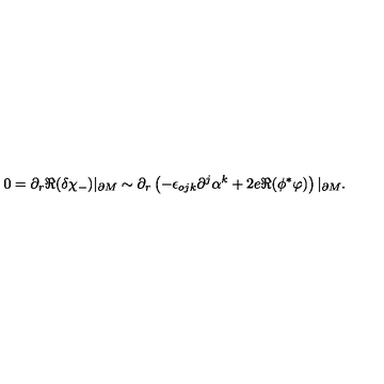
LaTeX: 0 = \partial _ { r } \Re ( \delta \chi _ { - } ) | _ { \partial M } \sim \partial _ { r } \left( - \epsilon _ { o j k } \partial ^ { j } \alpha ^ { k } + 2 e \Re ( \phi ^ { * } \varphi ) \right) | _ { \partial M } .